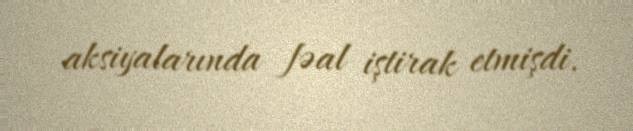
aksiyalarında fəal iştirak etmişdi.